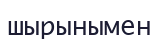
шырынымен